Report on the Nagpur School of Medicine, Central Provinces
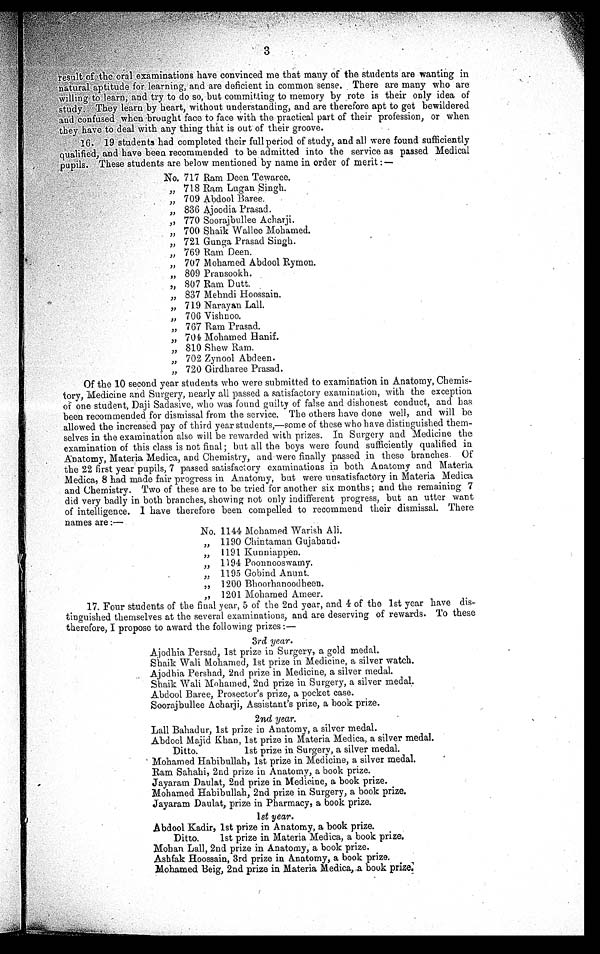
3
result of the oral examinations have convinced me that many of the students are wanting in
natural aptitude learning and are deficient in common sense. There are many who are
willing to learn, and try to do so, but committing to memory by rote is their only idea of
study. They learn by heart, without understanding, and are therefore apt to get bewildered
a n d
confused when brought face to face with the practical part of their profession, or when
they have to deal with any thing that is out of their groove.
16. 19 students had completed their full period of study, and all were found sufficiently
and have been recommended to be admitted into the service as passed Medical
pupils. These students are below mentioned by name in order of merit:—
No. 717 Ram Deen Tewaree.
" 7 1 8 R a m L u g a n S i n g h .
" 7 0 9 A b d o o l B a r e e .
•
" 836 Ajoodia Prasad.
" 7 7 0 S o o r a j b u l l e e A c h a r j i .
" 7 0 0 S h a i k W a l l e e M o h a m e d .
" 7 6 9 R a m D e e n .
" 7 0 7 M o h a m e d A b d o o l R y m o n .
" 8 0 9 P r a n s o o k h .
" 8 0 7 R a m D u t t .
" 8 3 7 M e h n d i H o o s s a i n .
" 7 1 9 N a r a y a n L a l l .
" 7 0 6 V i s h n o o .
" 7 6 7 R a m P r a s a d .
" 8 1 0 S h e w R a m .
" 702 Zynool Abdeen.
" 7 2 0 G i r d h a r e e P r a s a d .
Of the 10 second year students who were submitted to examination in Anatomy,
C h e m i s - t o r y , M e d i c i n e a n d S u r g e r y , n e a r l y a l l p a s s e d a s a t i s f a c t o r y e x a m i n a t i o n , w i t h t h e e x c e p t i o n
of one student, Daji Sadasive, who was found guilty of false and dishonest conduct, and has
been recommended for dismissal from the service. The others have done well, and will be
allowed the increased pay of third year students,—some of these who have distinguished them-
selves in the examination also will be rewarded with prizes. In Surgery and Medicine the
examination of this class is not final; but all the boys were found sufficiently qualified in
Anatomy, Materia Medica, and Chemistry, and were finally passed in these branches. Of
the 22 first year pupils, 7 passed satisfactory examinations in both Anatomy and Materia
Medica, 8 had made fair progress in Anatomy, but were unsatisfactory in Materia Medica
and C hemistry. Two of these are to be tried for another six months; and the remaining 7
did very badly in both branches, showing not only indifferent progress, but an utter want
of intelligence. I have therefore been compelled to recommend their dismissal. There
names are:—
No. 1144 Mohamed Warish Ali.
" 1 1 9 0 C h i n t a m a n G u j a b a n d .
" 1 1 9 1 K u n n i a p p e n .
" 1 1 9 4 P o o n n o o s w a m y .
" 1 1 9 5 G o b i n d A n u n t .
" 1 2 0 0 B h o o r h a n o o d h e e n .
" 1201 Mohamed Ameer.
17. Four students of the final year, 5 of the 2nd year, and 4 of the 1st year have dis--
tinguished themselves at the several examinations, and are deserving of rewards. To these
therefore, I propose to award the following prizes:—
3rd year.
Aj o o d h i a Pe r s a d , 1 s t p r i z e i n S u r g e r y , a g o l d me d a l .
Shaik Wali Mohamed, 1st prize in Medicine, a silver watch.
Ajoodhia Pershad, 2nd prize in Medicine, a silver medal.
Shaik Wali Mohamed, 2nd prize in Surgery, a silver medal.
Abdool Baree, Prosecutor's prize, a pocket case.
Soorajbullee Acharji, Assistant's prize, a book prize.
y e a r .
Lall Bahadur, 1st prize in Anatomy, a silver medal.
Abdool Majid Khan, 1st prize in Materia Medica, a silver medal.
Ditto.
1st prize in Surgery, a silver medal.
Mohamed Habibullah, 1st prize in Medicine, a silver medal.
Ram Sahahi, 2nd prize in Anatomy, a book prize.
Jayaram Daulat, 2nd prize in Medicine, a book prize.
Mohamed Habibullah, 2nd prize in Surgery, a book prize.
Jayaram Daulat, prize in Pharmacy, a book prize.
1st year.
Abdool Kadir, 1st prize in Anatomy, a book prize.
Ditto.
1st prize in Materia Medica, a book prize.
Mohan Lall, 2nd prize in Anatomy, a book prize.
Ashfak Hoossain, 3rd prize in Anatomy, a book prize.
Mohamed Beig, 2nd prize in Materia Medica, a book prize.